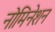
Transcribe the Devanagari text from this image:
नोमिनेशन